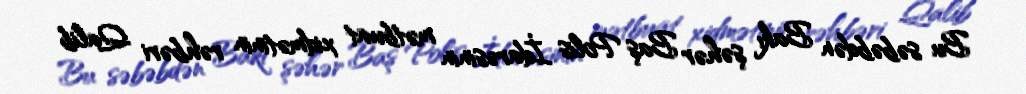
Bu səbəbdən Bakı şəhər Baş Polis İdarəsinin mətbuat xidmətinin rəhbəri Qalib